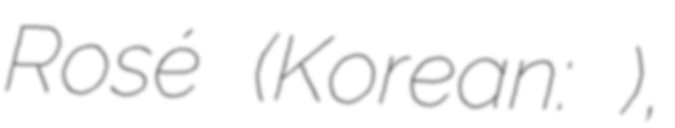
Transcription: Rosé (Korean: 로제),